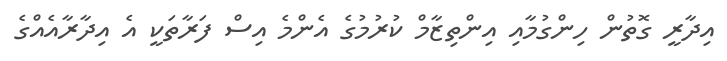
އިދާރީ ގޮތުން ހިންގުމާއި އިންތިޒާމް ކުރުމުގެ އެންމެ އިސް ފަރާތަކީ އެ އިދާރާއެއްގެ